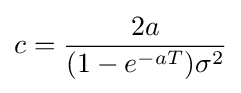
c={\frac {2a}{(1-e^{-aT})\sigma ^{2}}}